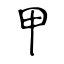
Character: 甲